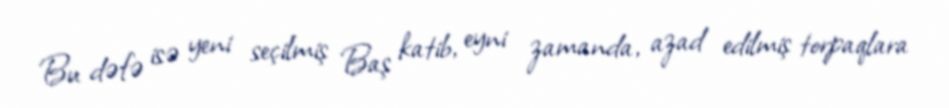
Bu dəfə isə yeni seçilmiş Baş katib, eyni zamanda, azad edilmiş torpaqlara